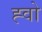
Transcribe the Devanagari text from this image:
ह्वो